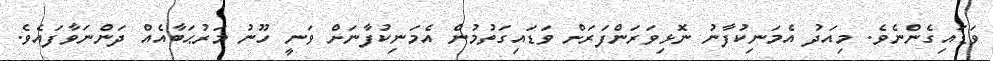
ވަޑައިގެންނެވެ. މިއަދު އެމަނިކުފާނު ނޮޅިވަރަންފަރަށް ވަޑައިގަތުމުން އެމަނިކުފާނަށް ވަނީ ހޫނު މަރުޙަބާއެއް ދަންނަވާފައެވެ.